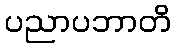
ပညာပဘာတိ